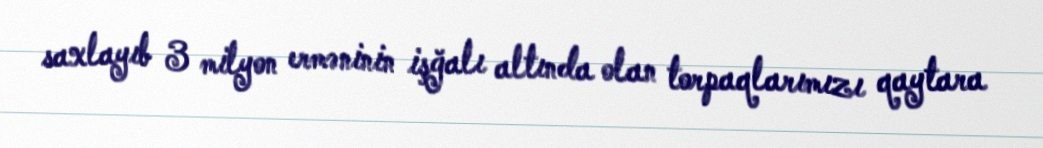
saxlayıb 3 milyon erməninin işğalı altında olan torpaqlarımızı qaytara